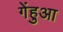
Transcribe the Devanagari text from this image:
गेंहुआ